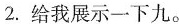
2.给我展示一下九.